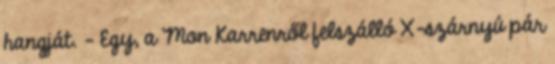
hangját. - Egy, a Mon Karrenről felszálló X-szárnyú pár